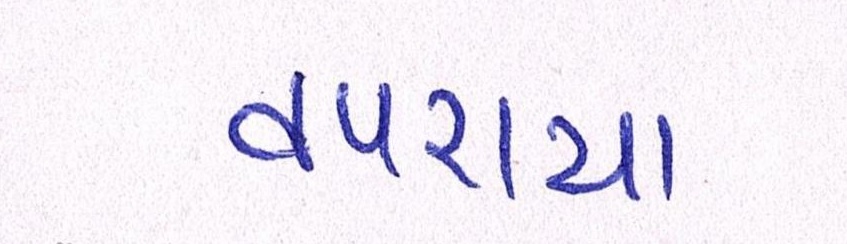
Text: વપરાયા